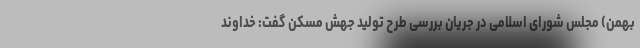
بهمن) مجلس شورای اسلامی در جریان بررسی طرح تولید جهش مسکن گفت: خداوند